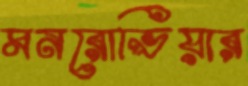
মনরোভিয়ার